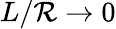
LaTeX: L/\mathcal{R}\to0